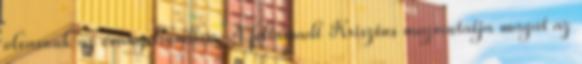
olvasunk az evangéliumban. A feltámadt Krisztus megmutatja magát az